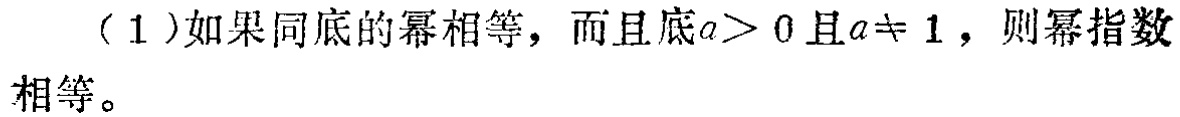
（1）如果同底的幂相等，而且底\(a>0\)且\(a\neq 1\)，则幂指数相等。